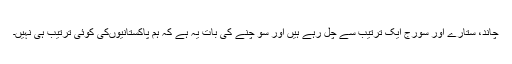
چاند، ستارے اور سورج ایک ترتیب سے چل رہے ہیں اور سو چنے کی بات یہ ہے کہ ہم پاکستانیوںکی کوئی ترتیب ہی نہیں۔